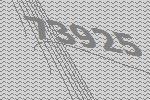
73925